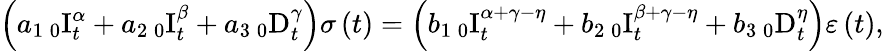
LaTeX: \left(a_{1}\, _{0}\mathrm{I}_{t}^{\alpha}+a_{2}\, _{0}\mathrm{I}_{t}^{\beta}+a_{3}\, _{0}\mathrm{D}_{t}^{\gamma}\right)\sigma\left(t\right)=\left(b_{1}\, _{0}\mathrm{I}_{t}^{\alpha+\gamma-\eta}+b_{2}\, _{0}\mathrm{I}_{t}^{\beta+\gamma-\eta}+b_{3}\, _{0}\mathrm{D}_{t}^{\eta}\right)\varepsilon\left(t\right),